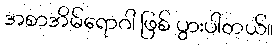
အစာအိမ်ရောဂါ ဖြစ် ပွားပါတယ်။